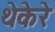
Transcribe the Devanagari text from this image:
थेकेरे